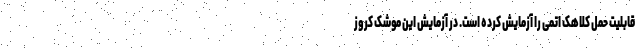
قابلیت حمل کلاهک اتمی را آزمایش کرده است. در آزمایش این موشک کروز